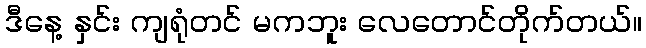
ဒီနေ့ နှင်း ကျရုံတင် မကဘူး လေတောင်တိုက်တယ်။